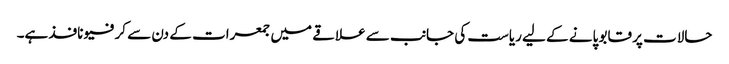
حالات پر قابو پانے کے لیے ریاست کی جانب سے علاقے میں جمعرات کے دن سے کرفیو نافذ ہے۔